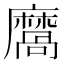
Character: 𪎩